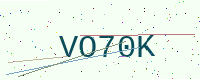
Text: VO70K